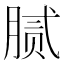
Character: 腻